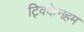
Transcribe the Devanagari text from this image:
ट्विकेनहम